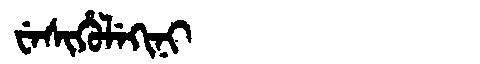
Manchu: ᠸᡝᠰᡳᡥᡠᠯᡝᡴᡳᠨᡳ
Romanization: WESIHULEKINI